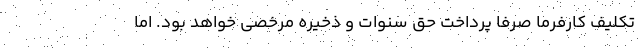
تکلیف کارفرما صرفاٌ پرداخت حق سنوات و ذخیره مرخصی خواهد بود. اما